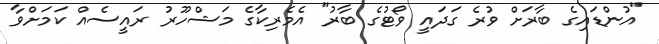
"އުންޑައިގެ ބާރަށް ވުރެ ގަދައީ ވޯޓުގެ ބާރު" އެމެރިކާގެ މަޝްހޫރު ރައީސެއް ކަމަށްވާ